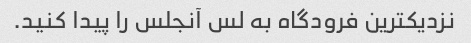
نزدیکترین فرودگاه به لس آنجلس را پیدا کنید.